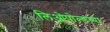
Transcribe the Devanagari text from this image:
लिओपोल्डच्या